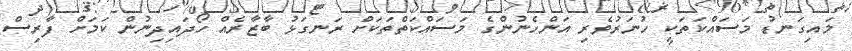
މައިގަނޑު މަސައްކަތަކީ ހުނަރުވެރި އަންހެނުންގެ މަސައްކަތްތަކަށް ރަނގަޅު ބާޒާރެއް ހޯދައިދިނުން ކަމަށް ފާރިސް